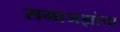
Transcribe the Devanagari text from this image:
समाजझोता